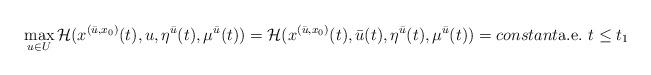
LaTeX: \begin{align*} \max_{u\in U} \mathcal{H}(x^{(\bar{u},x_{0})}(t),u,\eta^{\bar{u}}(t),\mu^{\bar{u}}(t)) = \mathcal{H}(x^{(\bar{u},x_{0})}(t),\bar{u}(t),\eta^{\bar{u}}(t),\mu^{\bar{u}}(t)) = constant \mathrm{a.e.}~ t \leq t_1\end{align*}